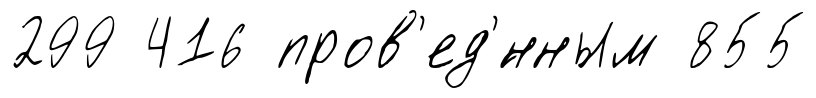
299 416 пров'ед'́нным 855